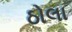
ઠોલા